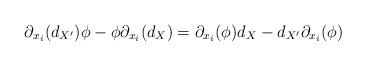
LaTeX: \begin{align*}\partial_{x_i}( d_{X'} ) \phi - \phi \partial_{x_i}( d_X ) = \partial_{x_i}(\phi) d_X - d_{X'} \partial_{x_i}(\phi)\end{align*}